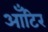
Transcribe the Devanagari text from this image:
आँटिर